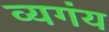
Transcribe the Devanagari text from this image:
व्यगंय